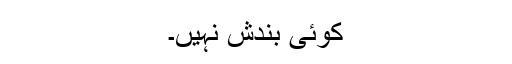
کوئی بندش نہیں۔